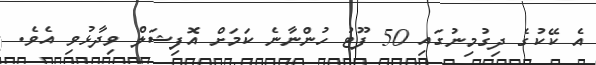
އެ ކޭކުގެ ދިގުމިނުގައި 50 ފޫޓު ހުންނާނެ ކަމަށް އޮފިޝަލް ވިދާޅުވި އެވެ.